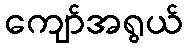
ကျော်အရွယ်